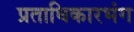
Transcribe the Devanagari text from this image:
प्रताधिकारभंग